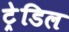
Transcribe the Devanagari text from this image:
ट्रेडिल